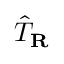
{ \hat { T } } _ { \mathbf { R } }